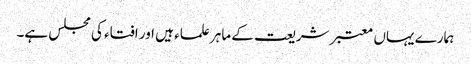
ہمارے یہاں معتبر شریعت کے ماہر علماء ہیں اور افتاء کی مجلس ہے۔